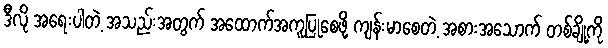
ဒီလို အရေးပါတဲ့ အသည်းအတွက် အထောက်အကူပြုစေဖို့ ကျန်းမာစေတဲ့ အစားအသောက် တစ်ချို့ကို